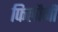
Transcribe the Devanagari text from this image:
फिलौनी